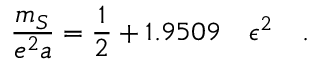
\frac { m _ { S } } { e ^ { 2 } a } = \frac { 1 } { 2 } + 1 . 9 5 0 9 \quad \epsilon ^ { 2 } \quad .